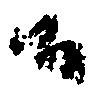
候